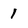
Character: 1